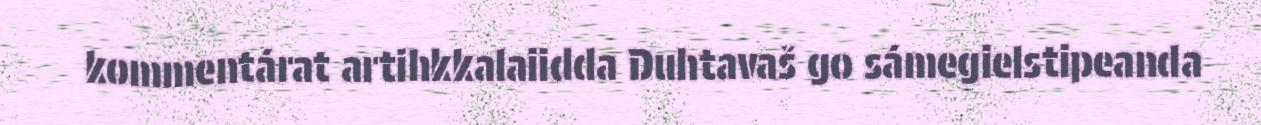
kommentárat artihkkalaiidda Duhtavaš go sámegielstipeanda